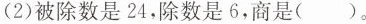
(2) 被除数是 24，除数是 6，商是( )。